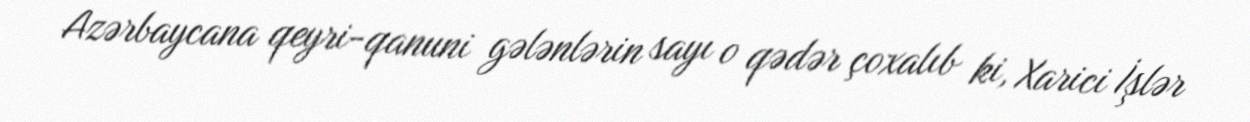
Azərbaycana qeyri-qanuni gələnlərin sayı o qədər çoxalıb ki, Xarici İşlər